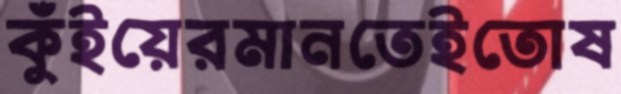
কুঁইয়েরমানতেইতোষ